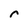
Character: r